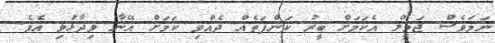
ނަމަވެސް ޖަމީލް އެކަމަށް ބީރު ކަންފަތެއް ދެއްވި ކަމަށް އޭނާ ވިދާޅުވި އެވެ.